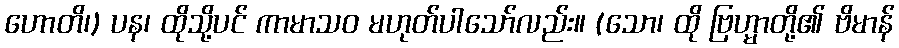
ဟောတိ၊) ပန၊ ထိုသို့ပင် ကာမာသဝ မဟုတ်ပါသော်လည်း။ (သော၊ ထို ဗြဟ္မာတို့၏ ဗိမာန်